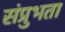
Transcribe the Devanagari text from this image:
संप्रुभता